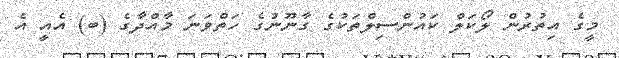
މީގެ އިތުރުން ލޯކަލް ކައުންސިލްތަކުގެ ގާނޫނުގެ ހަތްވަަނަ މާއްދާގެ (ބ) އެއީ އެ